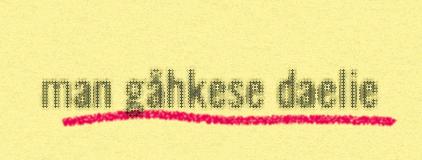
man gåhkese daelie